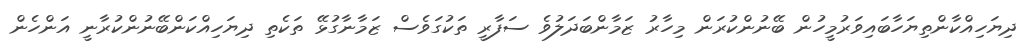
ދިޔަހިއްކާންތިޔަހާބައިވަރުމީހުން ބޭނުންކުރަން މިހާރު ޒަމާންބަދަލުވެ ސަފާރީ ތަކުގަވެސް ޒަމާނާގުޅޭ ތަކެތި ދިޔަހިއްކަންބޭނުންކުރާނީ އަންހެން